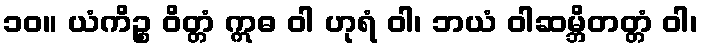
၁၀။ ယံကိဉ္စ ဝိတ္တံ ဣဓ ဝါ ဟုရံ ဝါ၊ ဘယံ ဝါဆမ္ဘိတတ္တံ ဝါ၊